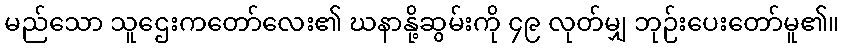
မည်သော သူဌေးကတော်လေး၏ ဃနာနို့ဆွမ်းကို ၄၉ လုတ်မျှ ဘုဉ်းပေးတော်မူ၏။